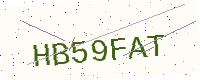
Text: HB59FAT